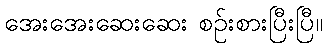
အေးအေးဆေးဆေး စဉ်းစားပြီးပြီ။